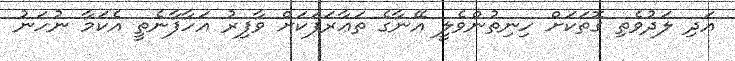
އަދި ލަދުވެތި ގޮތަކަށް ހިނިތުންވެލީ އޭނާގެ ތަޢާރަފަކަށް ވާފިރު އަހާފާނެތީ އެކަމާ ނުހަނު